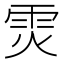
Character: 𮦉